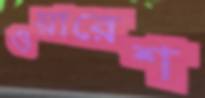
ওয়ারেশ